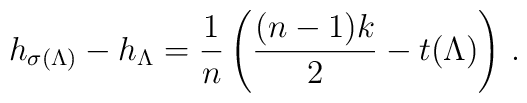
h_{\sigma(\Lambda)} - h_\Lambda = \frac 1n \left(\frac{(n-1)k}2 - t(\Lambda) \right) \,.